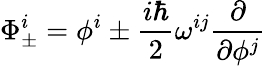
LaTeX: \Phi_{\pm}^{i}=\phi^{i}\pm\frac{i\hbar}{2}\omega^{ij}\frac{\partial}{\partial\phi^{j}}